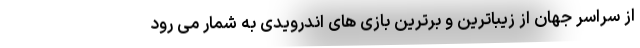
از سراسر جهان از زیباترین و برترین بازی های اندرویدی به شمار می رود